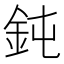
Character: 鈍